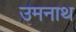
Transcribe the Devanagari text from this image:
उमनाथ